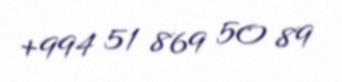
+994 51 869 50 89